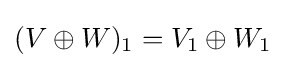
(V\oplus W)_{1}=V_{1}\oplus W_{1}